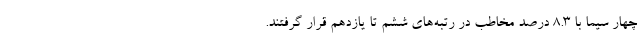
چهار سیما با 8.3 درصد مخاطب در رتبه‌های ششم تا یازدهم قرار گرفتند.